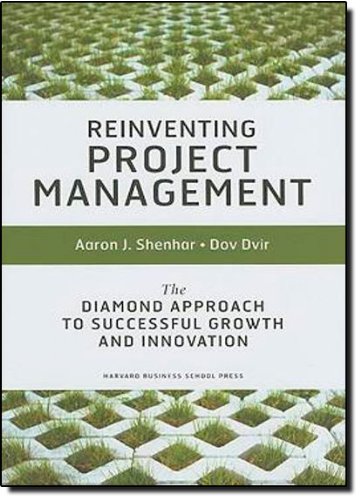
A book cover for Reinventing Project Management: The Diamond Approach to Successful Growth & Innovation; Aaron J. Shenhar; Business & Money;